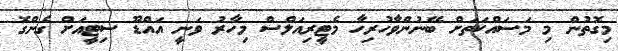
މިގޮތުން މި މަސައްކަތަށް ބޭނުންވާހުރިހާ މެޓީރިއަލްސް މިހާރު ވަނީ އައްޑޫ ސިޓީއަށް ގެންގޮ